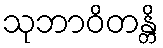
သုဘာဝိတန္တိ